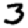
Digit: 3